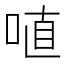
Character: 𠶗